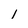
Character: l